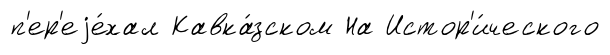
п'ер'еjе́хал Кавка́зском На Истор'и́ческого